Civil Veterinary Department Bihar reports 1940-50 - 1940-1950
Year: 1940
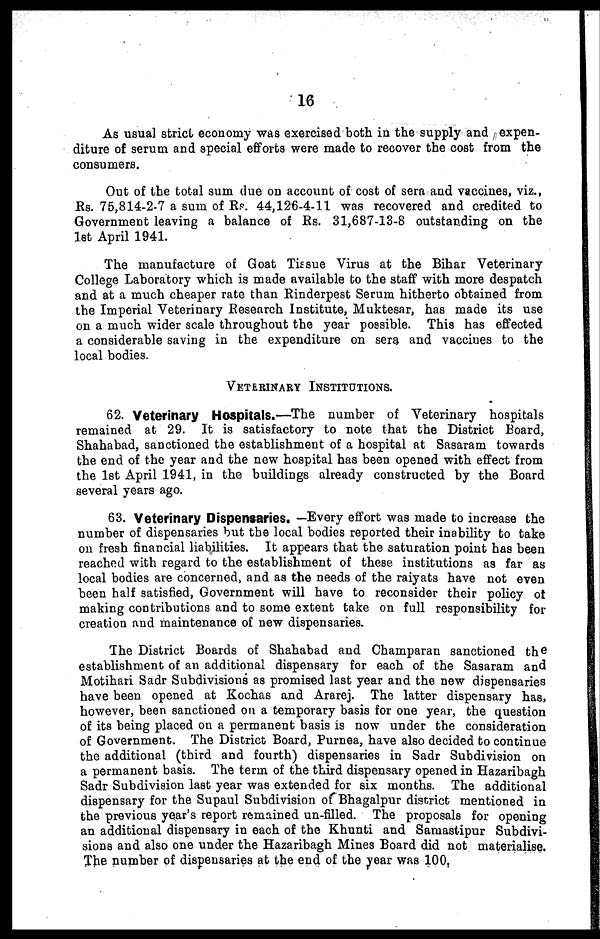
16
As usual strict economy was exercised both in the supply and expen-
diture of serum and special efforts were made to recover the cost from the
consumers.
Out of the total sum due on account of cost of sera and vaccines, viz.,
Rs. 75,814-2-7 a sum of Rs. 44,126-4-11 was recovered and credited to
Government leaving a balance of Rs. 31,687-13-8 outstanding on the
1st April 1941.
The manufacture of Goat Tissue Virus at the Bihar Veterinary
College Laboratory which is made available to the staff with more despatch
and at a much cheaper rate than Rinderpest Serum hitherto obtained from
the Imperial Veterinary Research Institute, Muktesar, has made its use
on a much wider scale throughout the year possible. This has effected
a considerable saving in the expenditure on sera and vaccines to the
local bodies.
VETERINARY INSTITUTIONS.
62. Veterinary Hospitals.—The number of Veterinary hospitals
remained at 29. It is satisfactory to note that the District Board,
Shahabad, sanctioned the establishment of a hospital at Sasaram towards
the end of the year and the new hospital has been opened with effect from
the 1st April 1941, in the buildings already constructed by the Board
several years ago.
63. Veterinary Dispensaries. —Every effort was made to increase the
number of dispensaries but the local bodies reported their inability to take
on fresh financial liabilities. It appears that the saturation point has been
reached with regard to the establishment of these institutions as far as
local bodies are concerned, and as the needs of the raiyats have not even
been half satisfied, Government will have to reconsider their policy of
making contributions and to some extent take on full responsibility for
creation and maintenance of new dispensaries.
The District Boards of Shahabad and Champaran sanctioned the
establishment of an additional dispensary for each of the Sasaram and
Motihari Sadr Subdivisions as promised last year and the new dispensaries
have been opened at Kochas and Ararej. The latter dispensary has,
however, been sanctioned on a temporary basis for one year, the question
of its being placed on a permanent basis is now under the consideration
of Government. The District Board, Purnea, have also decided to continue
the additional (third and fourth) dispensaries in Sadr Subdivision on
a permanent basis. The term of the third dispensary opened in Hazaribagh
Sadr Subdivision last year was extended for six months. The additional
dispensary for the Supaul Subdivision of Bhagalpur district mentioned in
the previous year's report remained un-filled. The proposals for opening
an additional dispensary in each of the Khunti and Samastipur Subdivi-
sions and also one under the Hazaribagh Mines Board did not materialise,
The number of dispensaries at the end of the year was 100.